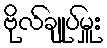
ဗိုလ်ချုပ်မှူး